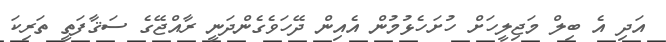
އަދި އެ ބިލް މަޖިލީހަށް ހުށަހެޅުމުން އެއިން ދޭހަވެގެންދަނީ ރާއްޖޭގެ ސަޤާފަތީ ތަރިކަ